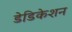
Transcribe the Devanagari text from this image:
डेडिकेशन